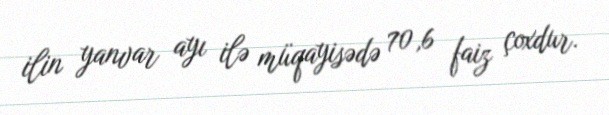
ilin yanvar ayı ilə müqayisədə 70,6 faiz çoxdur.